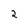
Character: 2